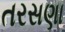
તરસણા